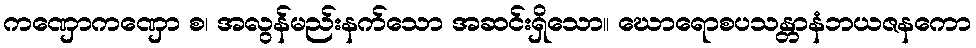
ကဏှောကဏှော စ၊ အလွန်မည်းနက်သော အဆင်းရှိသော။ ဃောရောစပသန္တာနံဘယဇနကော